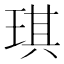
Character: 琪